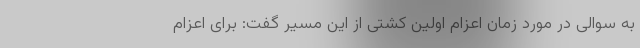
به سوالی در مورد زمان اعزام اولین کشتی از این مسیر گفت: برای اعزام